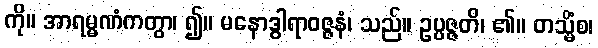
ကို။ အာရမ္မဏံကတွာ၊ ၍။ မနောဒွါရာဝဇ္ဇနံ၊ သည်။ ဥပ္ပဇ္ဇတိ၊ ၏။ တသ္မိံစ၊